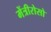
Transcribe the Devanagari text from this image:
मेंत्रीरोसो